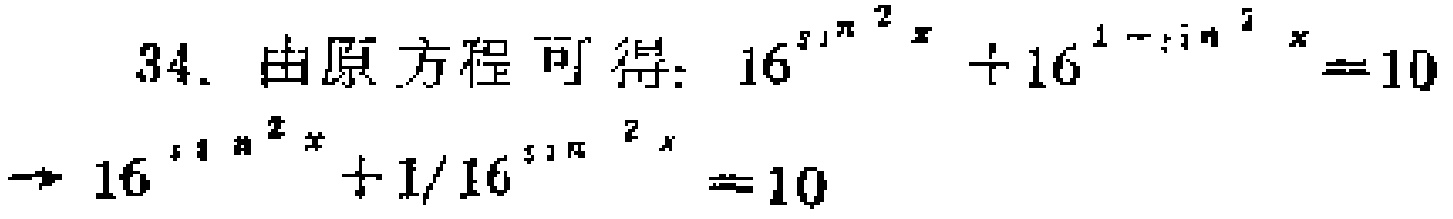
34. 由原方程可得：\(16^{\sin^{2}x}+16^{1 - \sin^{2}x}=10\)
\(\rightarrow 16^{\sin^{2}x}+1/16^{\sin^{2}x}=10\)